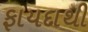
ફાયદાથી